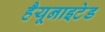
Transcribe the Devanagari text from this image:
हैयूनाइटेड